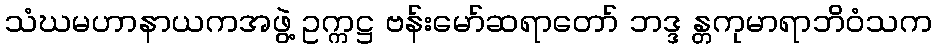
သံဃမဟာနာယကအဖွဲ့ ဥက္ကဋ္ဌ ဗန်းမော်ဆရာတော် ဘဒ္ဒ န္တကုမာရာဘိဝံသက